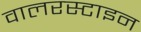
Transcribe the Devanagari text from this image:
वालरस्टाइन